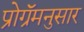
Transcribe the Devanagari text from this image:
प्रोग्रॅमनुसार